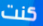
كنت